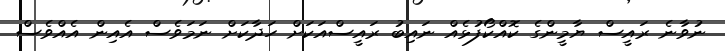
ނުވާނެ ރައީސް ޔާމީންގެ ކޮއްކޯފުޅެއް ނައިބު ރައީސްއަކަަށް ހަދާކަށް ނަމަވެސް އެއިން އެއްވެސް